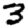
Digit: 3